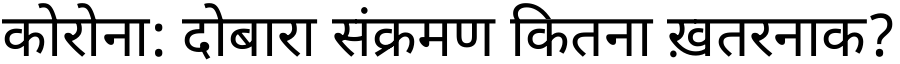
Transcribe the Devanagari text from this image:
कोरोना: दोबारा संक्रमण कितना ख़तरनाक?